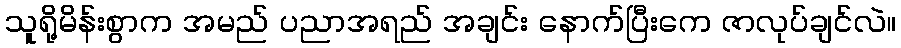
သူရို့မိန်းစွာက အမည် ပညာအရည် အချင်း နောက်ပြီးကေ ဇာလုပ်ချင်လဲ။